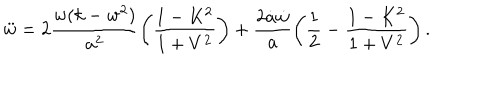
\ddot { w } = 2 \frac { w ( k - w ^ { 2 } ) } { a ^ { 2 } } \left( \frac { 1 - K ^ { 2 } } { 1 + V ^ { 2 } } \right) + \frac { 2 \dot { a } \dot { w } } { a } \left( \frac 1 2 - \frac { 1 - K ^ { 2 } } { 1 + V ^ { 2 } } \right) .